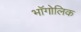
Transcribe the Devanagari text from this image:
भॉगोलिक